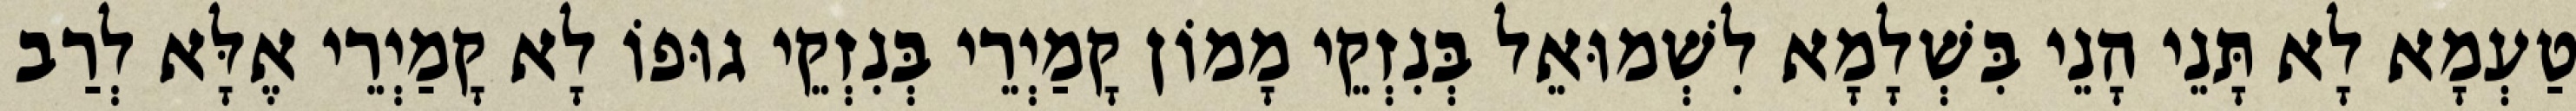
טַעְמָא לָא תָּנֵי הָנֵי בִּשְׁלָמָא לִשְׁמוּאֵל בְּנִזְקֵי מָמוֹן קָמַיְרֵי בְּנִזְקֵי גוּפוֹ לָא קָמַיְרֵי אֶלָּא לְרַב